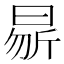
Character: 𭨝